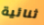
ثنائية